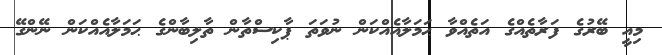
މިއީ ބޭރުގެ ފަރާތެއްގެ އަތެއްވާ ޙަމަލާއެއްކަން ނުވަތަ ޕާކިސްތާން ތާލިބާންގެ ޙަމަލާއެއްކަން ނޭންގޭ